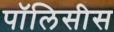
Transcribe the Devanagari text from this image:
पॉलिसीस